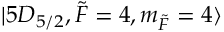
\lvert 5 D _ { 5 / 2 } , \Tilde { F } = 4 , m _ { \Tilde { F } } = 4 \rangle